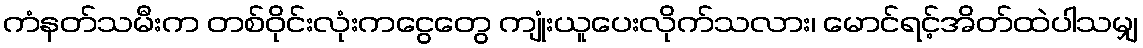
ကံနတ်သမီးက တစ်ဝိုင်းလုံးကငွေတွေ ကျုံးယူပေးလိုက်သလား၊ မောင်ရင့်အိတ်ထဲပါသမျှ